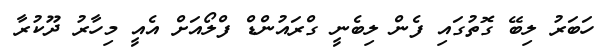
ހަބަރު ލިބޭ ގޮތުގައި ފެން ލިބެނީ ގްރައުންޑް ފްލޯއަށް އެއީ މިހާރު ދޫކުރާ